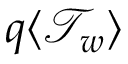
q \langle \mathcal { T } _ { w } \rangle